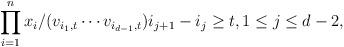
LaTeX: \begin{align*}\prod_{i=1}^{n} x_i/(v_{i_1,t}\cdots v_{i_{d-1},t}) i_{j+1}-i_j \geq t, 1 \leq j \leq d-2,\end{align*}